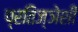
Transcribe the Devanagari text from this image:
प्रतिज्ञेशी